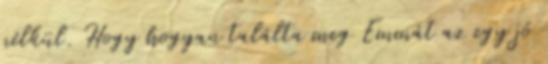
nélkül. Hogy hogyan találta meg Emmát az egy jó